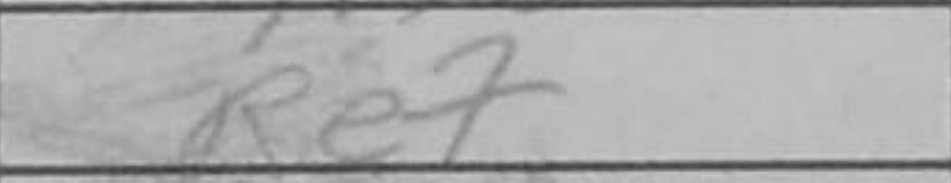
Transcription: Re7